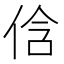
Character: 𠉐